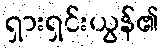
ရှားရှင်းယွန်၏